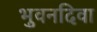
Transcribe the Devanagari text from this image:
भुवनदिवा